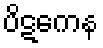
ပိဋကေန